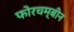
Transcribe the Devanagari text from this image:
फोरचम्बीन